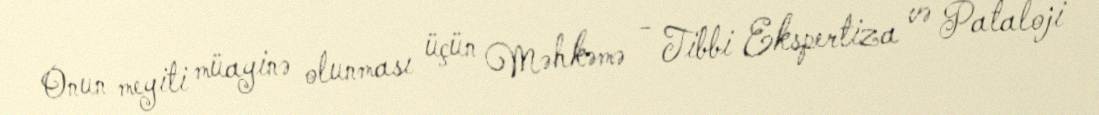
Onun meyiti müayinə olunması üçün Məhkəmə - Tibbi Ekspertiza və Pataloji